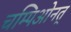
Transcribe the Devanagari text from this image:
चम्पिओनत्